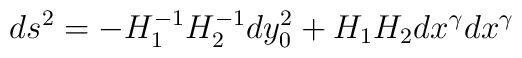
ds^{2}=-H_{1}^{-1}H_{2}^{-1}dy_{0}^{2}+H_{1}H_{2}dx^{\gamma}dx^{\gamma}